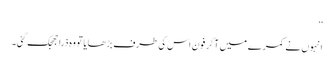
‘‘
انہوں نے کمرے میں آکر فون اس کی طرف بڑھایا تو وہ ذرا جھجک گئی۔